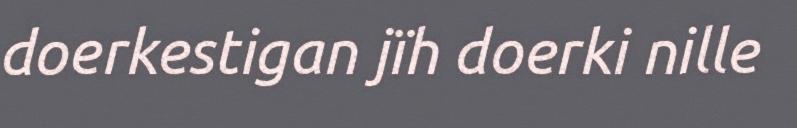
doerkestigan jïh doerki nille